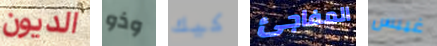
الديون وذو كيك المفاجئ غيبس